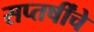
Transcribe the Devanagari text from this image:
सप्तर्षींचे